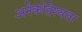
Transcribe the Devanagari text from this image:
अनेकोद्देश्यता